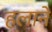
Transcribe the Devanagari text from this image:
हलाने